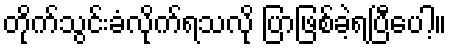
တိုက်သွင်းခံလိုက်ရသလို ပြာဖြစ်ခဲ့ရပြီပေါ့။